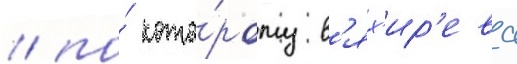
/ по́ кото́рому в'ях'ир'ева